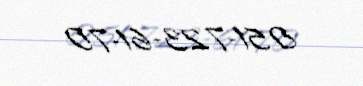
051-723-61-70